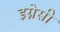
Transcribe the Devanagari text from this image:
इग्नेसी